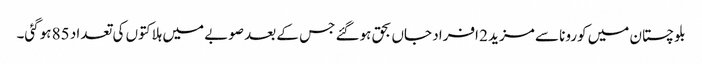
بلوچستان میں کورونا سے مزید 2 افراد جاں بحق ہوگئے جس کے بعد صوبے میں ہلاکتوں کی تعداد 85 ہوگئی۔